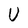
Character: U